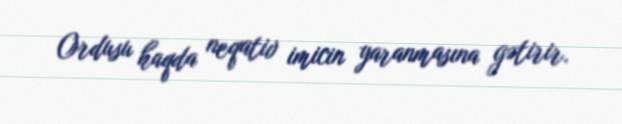
Ordusu haqda neqativ imicin yaranmasına gətirir.